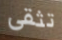
تثقى